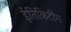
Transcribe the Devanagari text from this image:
ईतिकिटींग